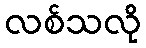
လစ်သလို